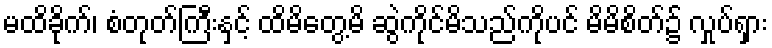
မထိခိုက်၊ စံတုတ်ကြီးနှင့် ထိမိတွေ့မိ ဆွဲကိုင်မိသည်ကိုပင် မိမိစိတ်၌ လှုပ်ရှား